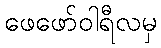
ဖေဖော်ဝါရီလမှ